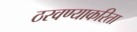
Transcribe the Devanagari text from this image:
ठरवण्याकरिता